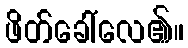
ဖိတ်ခေါ်လေ၏။